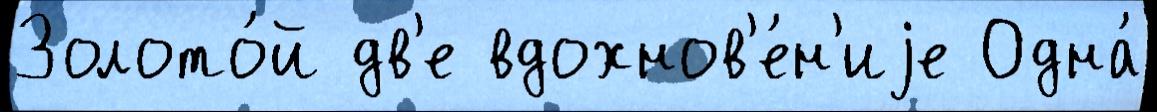
Золото́й дв'е вдохнов'е́н'иjе Одна́